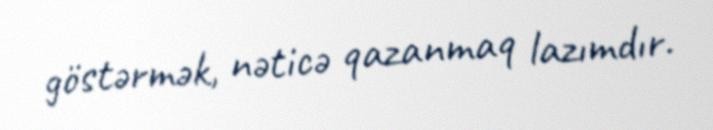
göstərmək, nəticə qazanmaq lazımdır.